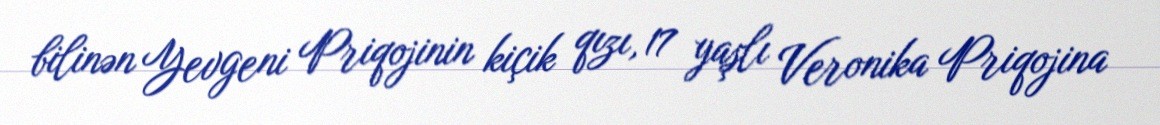
bilinən Yevgeni Priqojinin kiçik qızı, 17 yaşlı Veronika Priqojina